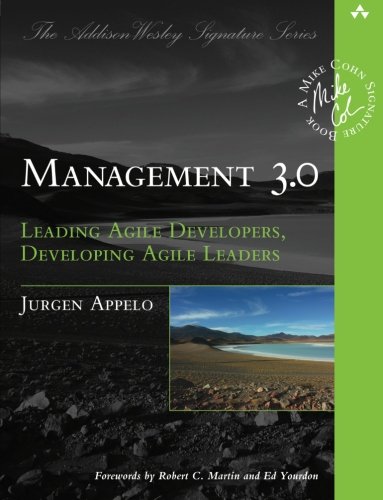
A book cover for Management 3.0: Leading Agile Developers, Developing Agile Leaders (Addison-Wesley Signature Series (Cohn)); Jurgen Appelo; Business & Money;